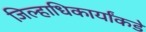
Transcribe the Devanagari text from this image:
जिल्हाधिकार्यांकडे